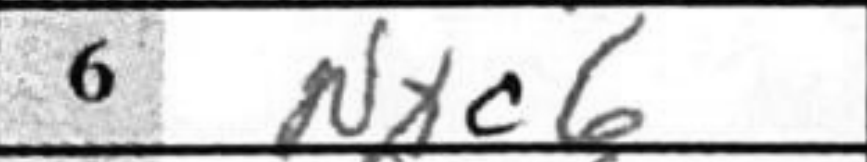
Transcription: Nxc6